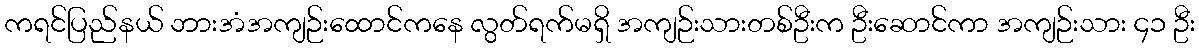
ကရင်ပြည်နယ် ဘားအံအကျဉ်းထောင်ကနေ လွတ်ရက်မရှိ အကျဉ်းသားတစ်ဦးက ဦးဆောင်ကာ အကျဉ်းသား ၄၁ ဦး